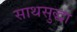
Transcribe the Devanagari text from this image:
साथसुद्धा